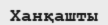
Ханқашты